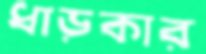
ধাড়কার